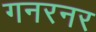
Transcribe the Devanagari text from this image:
गनरनर